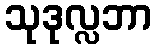
သုဒုလ္လဘာ